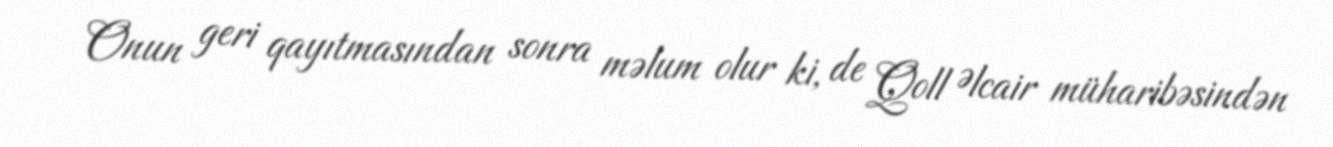
Onun geri qayıtmasından sonra məlum olur ki, de Qoll Əlcair müharibəsindən